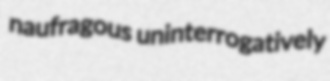
naufragous uninterrogatively